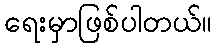
ရေးမှာဖြစ်ပါတယ်။